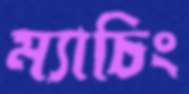
ম্যাচিং